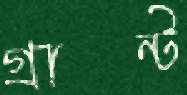
গ্রান্ট